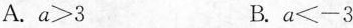
A. $$a > 3$$ B. $$a ≤ -3$$